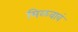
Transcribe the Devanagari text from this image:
मिळवावं